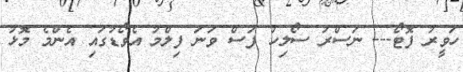
ހަވީރު ފޮޓޯ--- ނަސްރު ސޯލިހު ފަސް ވަނަ ފިލްމު އެވޯޑުގައި އެންމެ މޮޅު